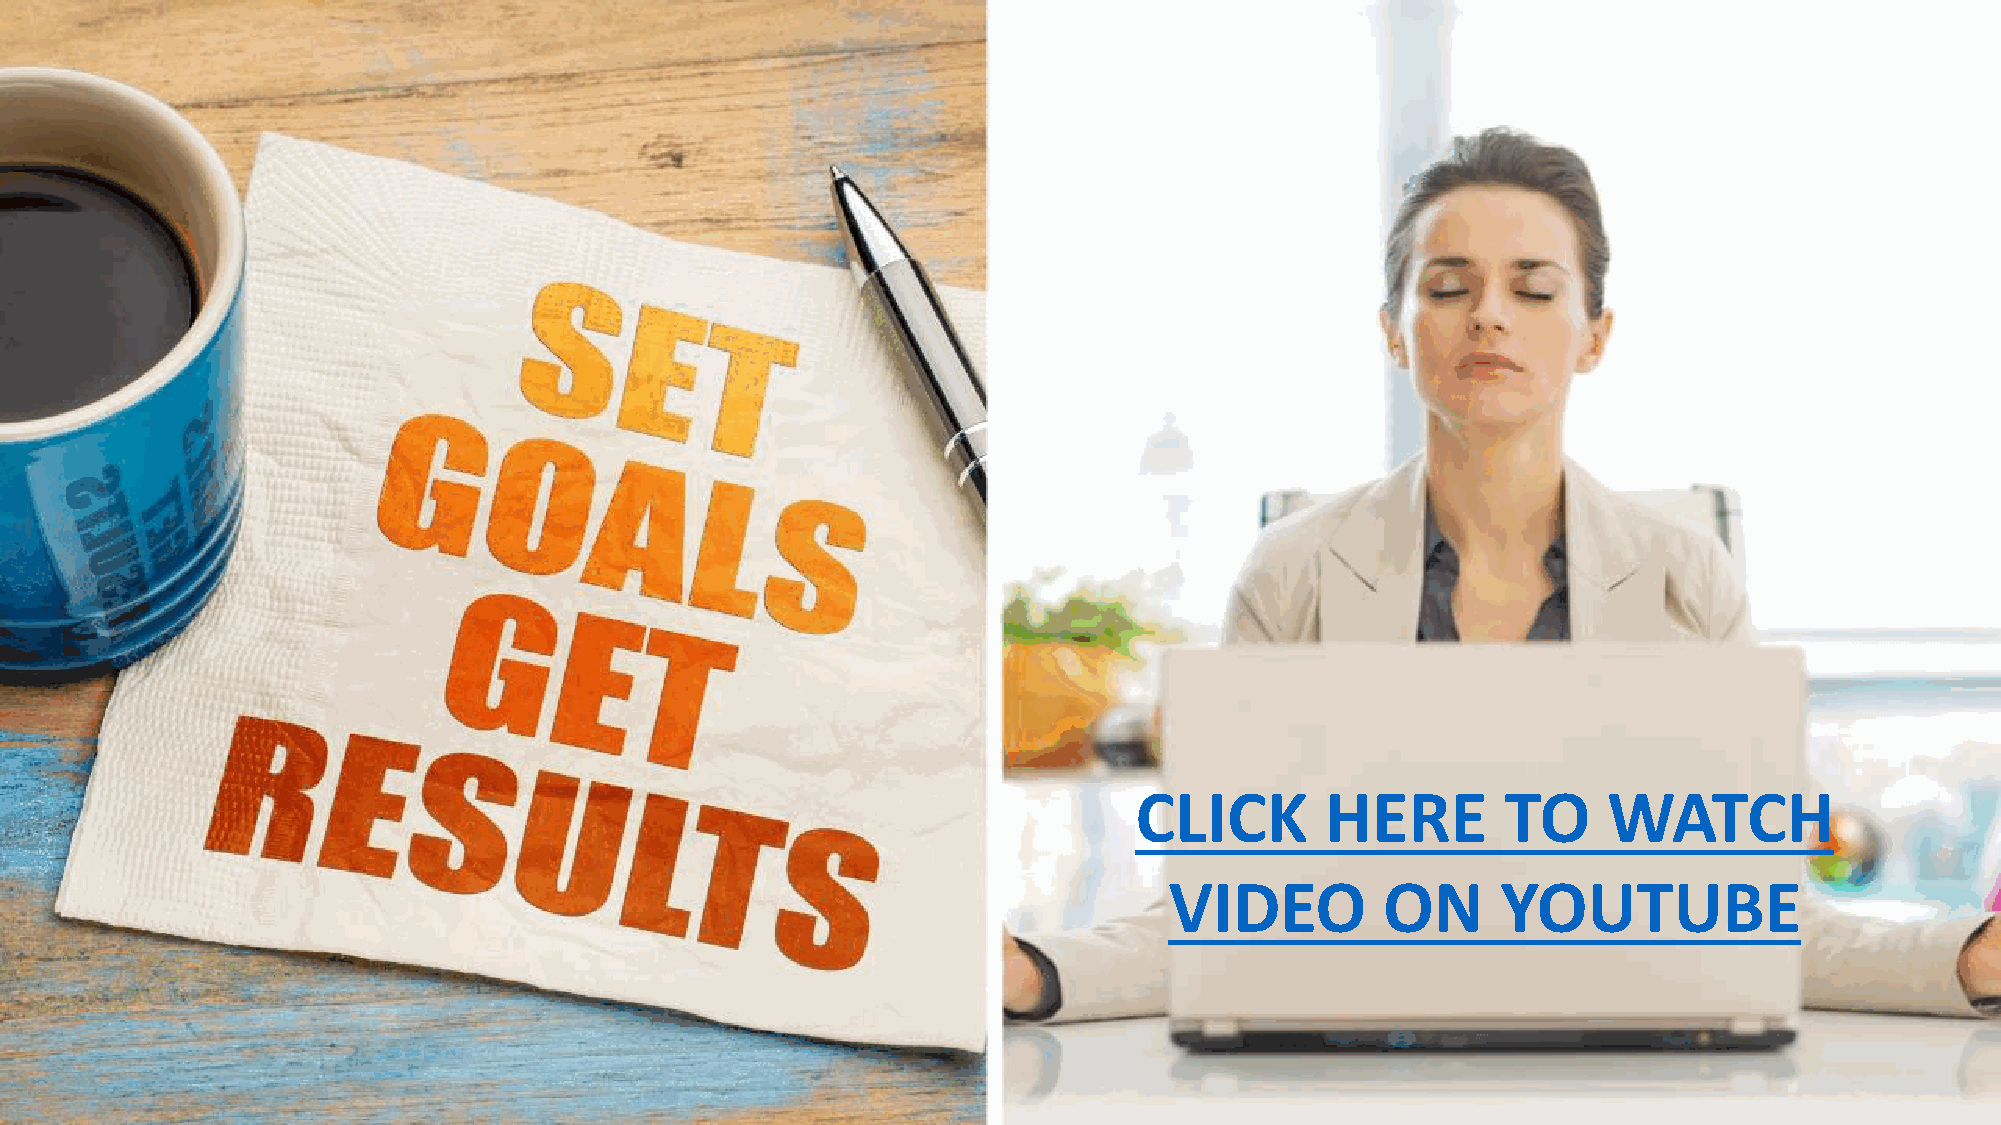
CLICK HERE  TO  WATCH   THE VIDEO   ON YOUTUBE
 CLICK        HERE        TO    WATCH
 VIDEO          ON     YOUTUBE